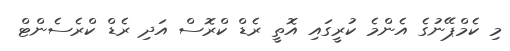
މި ކެމްޕޭނުގެ އެންމެ ކުރީގައި އޮތީ ރެޑް ކްރޮސް އަދި ރެޑް ކްރެސެންޓް